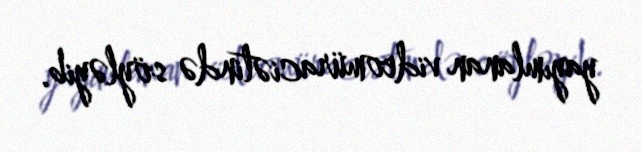
yayımlanan videomüraciətində söyləyib.